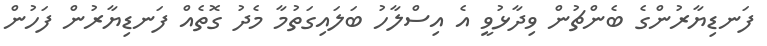
ފަނޑިޔާރުންގެ ބެންޗުން ވިދާޅުވީ އެ އިސްލާހު ބަލައިގަތުމާ މެދު ގޮތެއް ފަނޑިޔާރުން ފަހުން